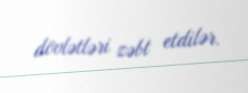
dövlətləri zəbt etdilər.